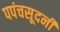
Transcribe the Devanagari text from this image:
पपंचसूदनी